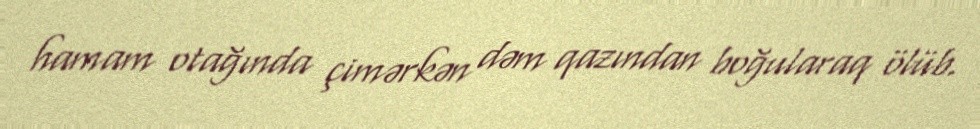
hamam otağında çimərkən dəm qazından boğularaq ölüb.